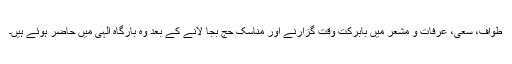
طواف، سعی، عرفات و مشعر میں بابرکت وقت گزارنے اور مناسک حج بجا لانے کے بعد وہ بارگاہ الہی میں حاضر ہوئے ہیں۔